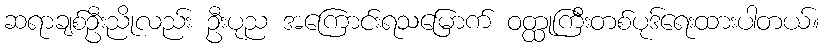
ဆရာချစ်ဦးညိုလည်း ဦးပုည အကြောင်းရသမြောက် ဝတ္ထုကြီးတစ်ပုဒ်ရေးထားပါတယ်။